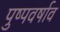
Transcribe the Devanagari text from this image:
पुष्पवर्षाव